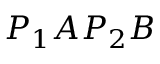
P _ { 1 } A P _ { 2 } B